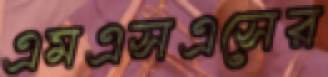
এমএসএসের